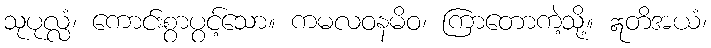
သုပုလ္လံ၊ ကောင်းစွာပွင့်သော။ ကမလဝနမိဝ၊ ကြာတောကဲ့သို့။ ဣတိအယံ၊